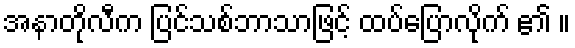
အနာတိုလီက ပြင်သစ်ဘာသာဖြင့် ထပ်ပြောလိုက် ၏ ။